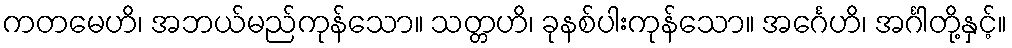
ကတမေဟိ၊ အဘယ်မည်ကုန်သော။ သတ္တဟိ၊ ခုနစ်ပါးကုန်သော။ အင်္ဂေဟိ၊ အင်္ဂါတို့နှင့်။